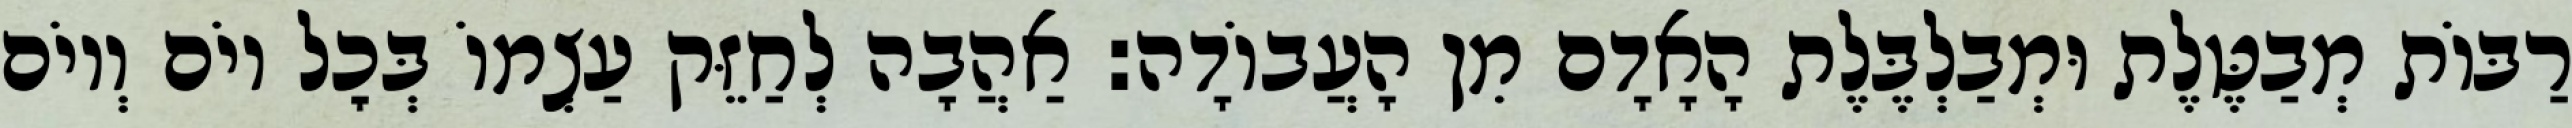
רַבּוֹת מְבַטֶּלֶת וּמְבַלְבֶּלֶת הָאָדָם מִן הָעֲבוֹדָה: אַהֲבָה לְחַזֵּק עַצְמוֹ בְּכׇל יוֹם וְיוֹם